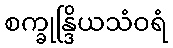
စက္ခုန္ဒြိယသံဝရံ